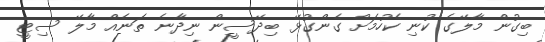
ބިގުން މާލޭގެ ކުނި ކެހުމަށް ގެންގުޅޭ ބިދޭސީން ނިދާނެ ތަނެއް މާލޭ ސިޓީ